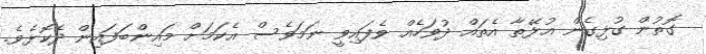
ގޮތުން ގުޅިގެން އުޅޭތާ އެތައް ދުވަހެއް ވެފައިވީ ނަމަވެސް އެކަމަށް މައިންބަފައިން ދެކޮޅެވެ.